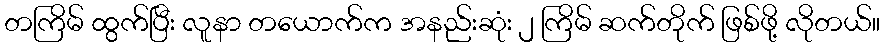
တကြိမ် ထွက်ပြီး လူနာ တယောက်က အနည်းဆုံး ၂ ကြိမ် ဆက်တိုက် ဖြစ်ဖို့ လိုတယ်။